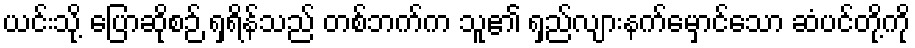
ယင်းသို့ ပြောဆိုစဉ် ရှရိန်သည် တစ်ဘက်က သူ၏ ရှည်လျားနက်မှောင်သော ဆံပင်တို့ကို